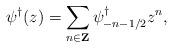
LaTeX: \begin{align*}\psi^{\dagger}(z)=\sum_{n \in {\bf Z}}\psi^{\dagger}_{-n-1/2} z^{n},\end{align*}